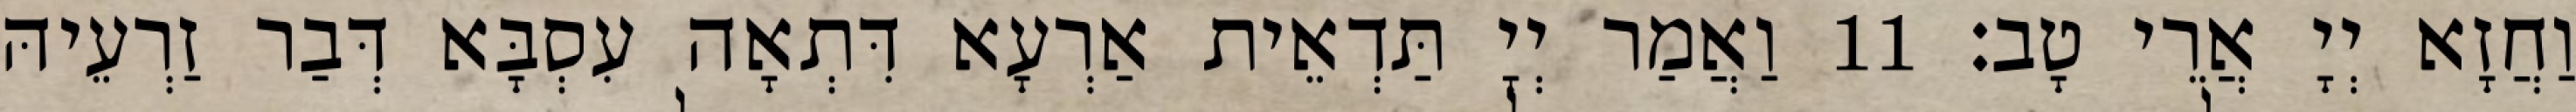
וַחֲזָא יְיָ אֲרֵי טָב׃ 11 וַאֲמַר יְיָ תַּדְאֵית אַרְעָא דִּתְאָה עִסְבָּא דְּבַר זַרְעֵיהּ